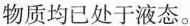
物质均已处于液态。